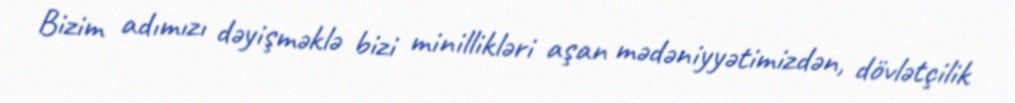
Bizim adımızı dəyişməklə bizi minillikləri aşan mədəniyyətimizdən, dövlətçilik